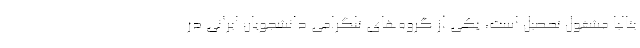
یتالیا مشغول تحصیل است، یکی از گروه‌های تلگرامی دانشجویان ایرانی در